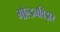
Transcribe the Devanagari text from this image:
गोल्डनविझर